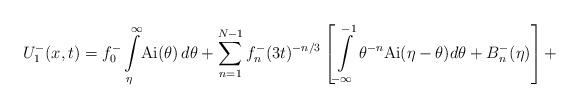
LaTeX: \begin{align*} U^-_1(x,t) = f^-_0\int\limits_{\eta}^{\infty} \! \mathrm{Ai}(\theta)\, d\theta +\sum\limits_{n=1}^{N-1} f^-_n (3t)^{-n/3} \left[ \int\limits_{-\infty}^{-1} \theta^{-n} \mathrm{Ai}(\eta-\theta)d\theta +B^-_n(\eta) \right]+ \end{align*}